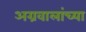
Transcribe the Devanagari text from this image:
अग्रवालांच्या